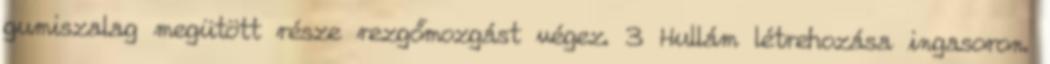
gumiszalag megütött része rezgőmozgást végez. 3 Hullám létrehozása ingasoron.